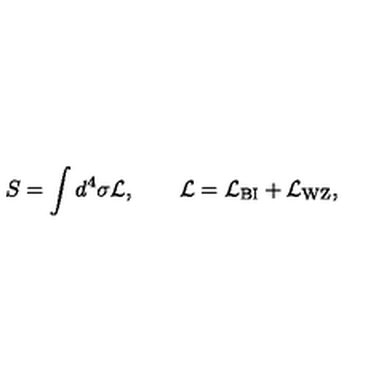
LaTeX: S = \int d ^ { 4 } \sigma { \cal L } , \qquad { \cal L } = { \cal L } _ { \mathrm { B I } } + { \cal L } _ { \mathrm { W Z } } ,